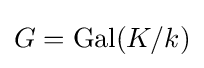
G=\operatorname {Gal} (K/k)